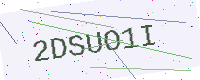
Text: 2DSUO1I